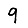
Digit: 9